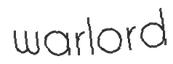
warlord